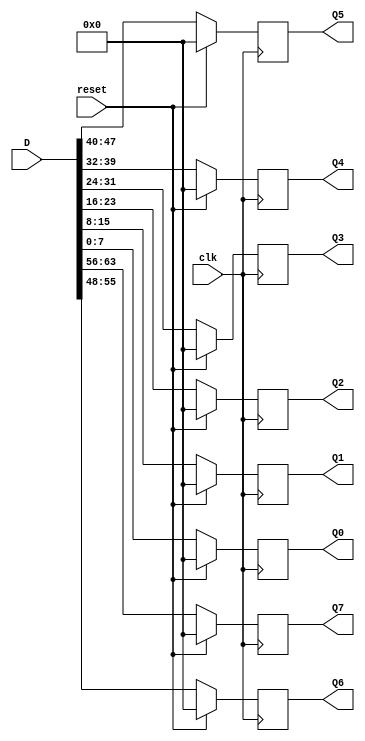
module SerialToParallel(D, clk, reset, Q0, Q1, Q2, Q3, Q4, Q5, Q6, Q7);
	input [63:0] D; 
	input clk; //rising edge D flip flop
	input reset;
	output reg [7:0] Q0, Q1, Q2, Q3, Q4, Q5, Q6, Q7;
	
	always @(posedge clk) 
	begin
		if(reset==1'b1) begin 
			Q0 = 8'h00;
			Q1 = 8'h00;
			Q2 = 8'h00;
			Q3 = 8'h00;
			Q4 = 8'h00;
			Q5 = 8'h00;
			Q6 = 8'h00;
			Q7 = 8'h00;
		end 
		else begin 
			Q0 = D[7:0];
			Q1 = D[15:8];
			Q2 = D[23:16];
			Q3 = D[31:24];
			Q4 = D[39:32];
			Q5 = D[47:40];
			Q6 = D[55:48];
			Q7 = D[63:56];
		end
	end
endmodule